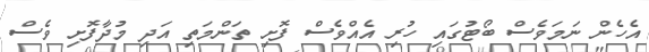
އެހެން ނަމަވެސް ބޯޓުގައި ހުރި އެއްވެސް ފޮށި ތަންމަތި އަދި މުދާފޮށި ވެސް